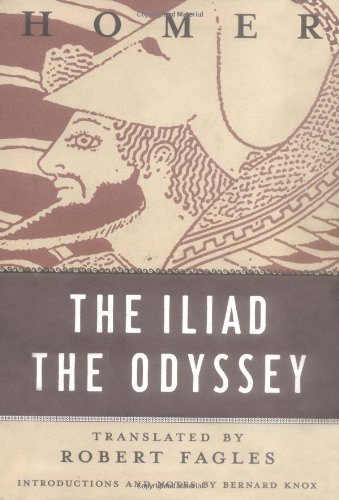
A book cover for The Iliad / The Odyssey; Homer; Literature & Fiction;